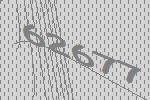
62677